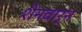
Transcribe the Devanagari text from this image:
शेनवार्न